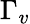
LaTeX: \Gamma_{v}